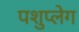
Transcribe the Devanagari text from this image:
पशुप्लेग